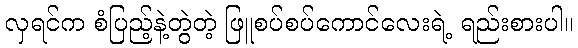
လှရင်က စံပြည့်နဲ့တွဲတဲ့ ဖြူစပ်စပ်ကောင်လေးရဲ့ ရည်းစားပါ။